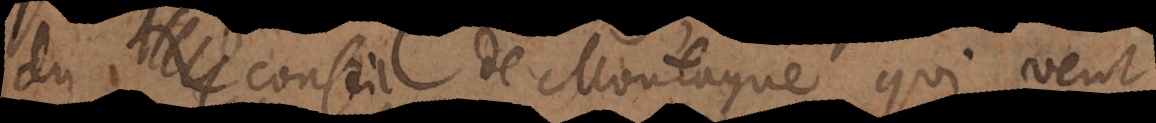
du conseil de Montaigne, qui veut